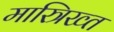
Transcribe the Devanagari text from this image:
मास्त्रिख्त